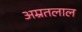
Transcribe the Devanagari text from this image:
अम्रतलाल